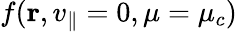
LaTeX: f(\mathbf{r},v_{\parallel}=0,\mu=\mu_{c})